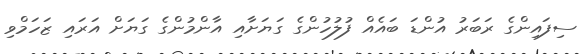
ސިފައިންގެ ރަބަރު އުންޑަ ބައެއް ފުލުހުންގެ ގަޔަށާއި އާންމުންގެ ގަޔަށް އަރައި ޒަހަމްވި